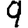
Digit: 9